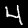
Label: 4